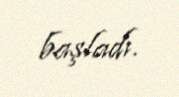
başladı.